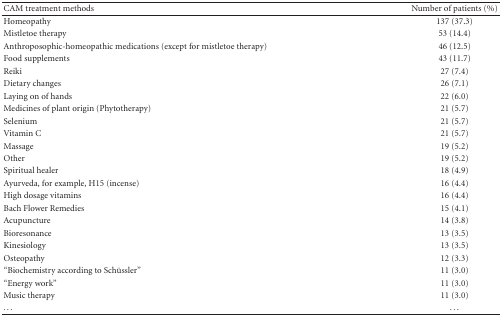
| CAM treatment methods | Number of patients (%) |
 | --- | --- |
 | Homeopathy | 137 (37.3) |
 | Mistletoe therapy | 53 (14.4) |
 | Anthroposophic-homeopathic medications (except for mistletoe therapy) | 46 (12.5) |
 | Food supplements | 43 (11.7) |
 | Reiki | 27 (7.4) |
 | Dietary changes | 26 (7.1) |
 | Laying on of hands | 22 (6.0) |
 | Medicines of plant origin (Phytotherapy) | 21 (5.7) |
 | Selenium | 21 (5.7) |
 | Vitamin C | 21 (5.7) |
 | Massage | 19 (5.2) |
 | Other | 19 (5.2) |
 | Spiritual healer | 18 (4.9) |
 | Ayurveda, for example, H15 (incense) | 16 (4.4) |
 | High dosage vitamins | 16 (4.4) |
 | Bach Flower Remedies | 15 (4.1) |
 | Acupuncture | 14 (3.8) |
 | Bioresonance | 13 (3.5) |
 | Kinesiology | 13 (3.5) |
 | Osteopathy | 12 (3.3) |
 | “Biochemistry according to Schüssler” | 11 (3.0) |
 | “Energy work” | 11 (3.0) |
 | Music therapy | 11 (3.0) |
 | ... | ... |